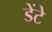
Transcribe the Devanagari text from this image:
डेंटे